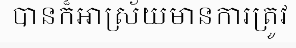
បានក៏អាស្រ័យមានការត្រូវ